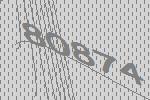
80874